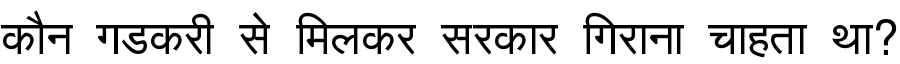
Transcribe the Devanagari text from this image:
कौन गडकरी से मिलकर सरकार गिराना चाहता था?